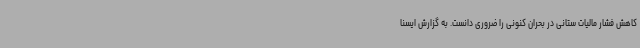
کاهش فشار مالیات ستانی در بحران کنونی را ضروری دانست. به گزارش ایسنا